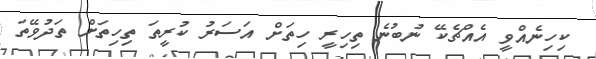
ކިހިނެއްވީ އެއްޗެެކޭ ނުބުނެ ތިހިރީ ހިތަށް އަސަރު ކުރީތަ ތިހިތަށް ތަދުވޭތަ